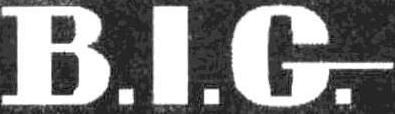
B.I.G.